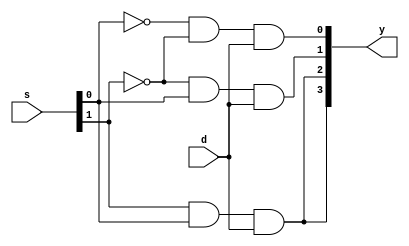
`timescale 1ns / 1ps
//////////////////////////////////////////////////////////////////////////////////
// Company: 
// Engineer: 
// 
// Design Name: 
// Module Name:    demux_struct 
// Project Name: 
// Target Devices: 
// Tool versions: 
// Description: 
//
// Dependencies: 
//
// Revision: 
// Revision 0.01 - File Created
// Additional Comments: 
//
//////////////////////////////////////////////////////////////////////////////////


module demux_struct(d,s,y);
input d;
input[1:0]s;
output[3:0]y;
wire[1:0]w;
not(w[0],s[0]);
not(w[1],s[1]);
and(y[0],w[0],w[1],d);
and(y[1],w[1],s[0],d);
and(y[2],s[1],s[0],d);
and(y[3],s[1],s[0],d);
endmodule